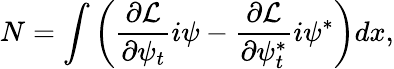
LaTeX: N=\int\left(\frac{\partial{\cal L}}{\partial\psi_{t}}i\psi-\frac{\partial{\cal L}}{\partial\psi_{t}^{*}}i\psi^{*}\right)dx,